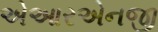
એઆરએનજી